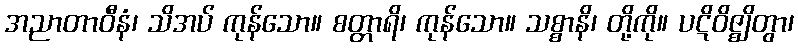
အညာတာဝီနံ၊ သိအပ် ကုန်သော။ စတ္တာရိ၊ ကုန်သော။ သစ္စာနိ၊ တို့ကို။ ပဋိဝိဇ္ဈိတွာ၊